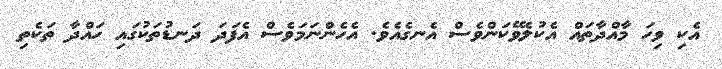
އެކި ވިހަ މާއްދާތައް އެކުލެވޭކަންވެސް އެނގެއެވެ. އެހެންނަމަވެސް އެފަދަ ދަނޑުތަކުގައި ހައްދާ ތަކެތި